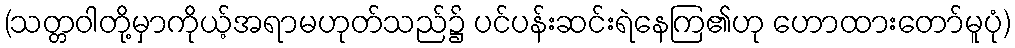
(သတ္တဝါတို့မှာကိုယ့်အရာမဟုတ်သည်၌ ပင်ပန်းဆင်းရဲနေကြ၏ဟု ဟောထားတော်မူပုံ)